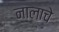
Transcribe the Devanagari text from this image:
नालाचे